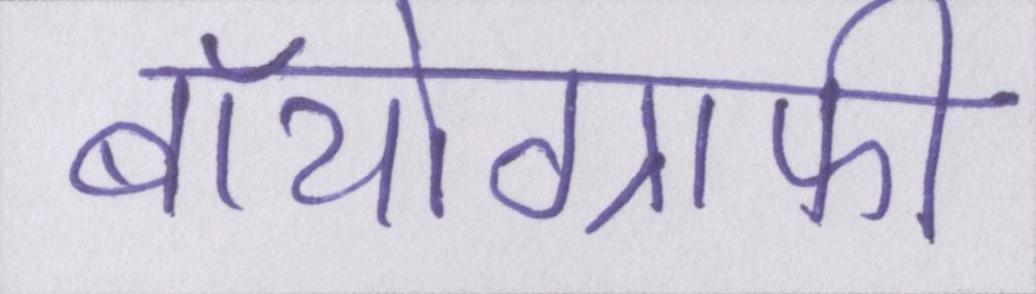
बॉयोग्राफी